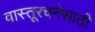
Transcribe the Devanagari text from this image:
वास्तूरचनेसाठी